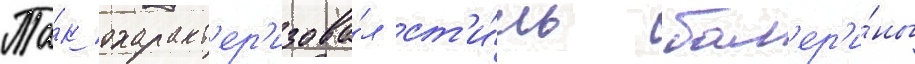
Та́к охаракт'ер'изова́л ст'и́ль бал'ер'и́ны